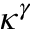
\kappa ^ { \gamma }